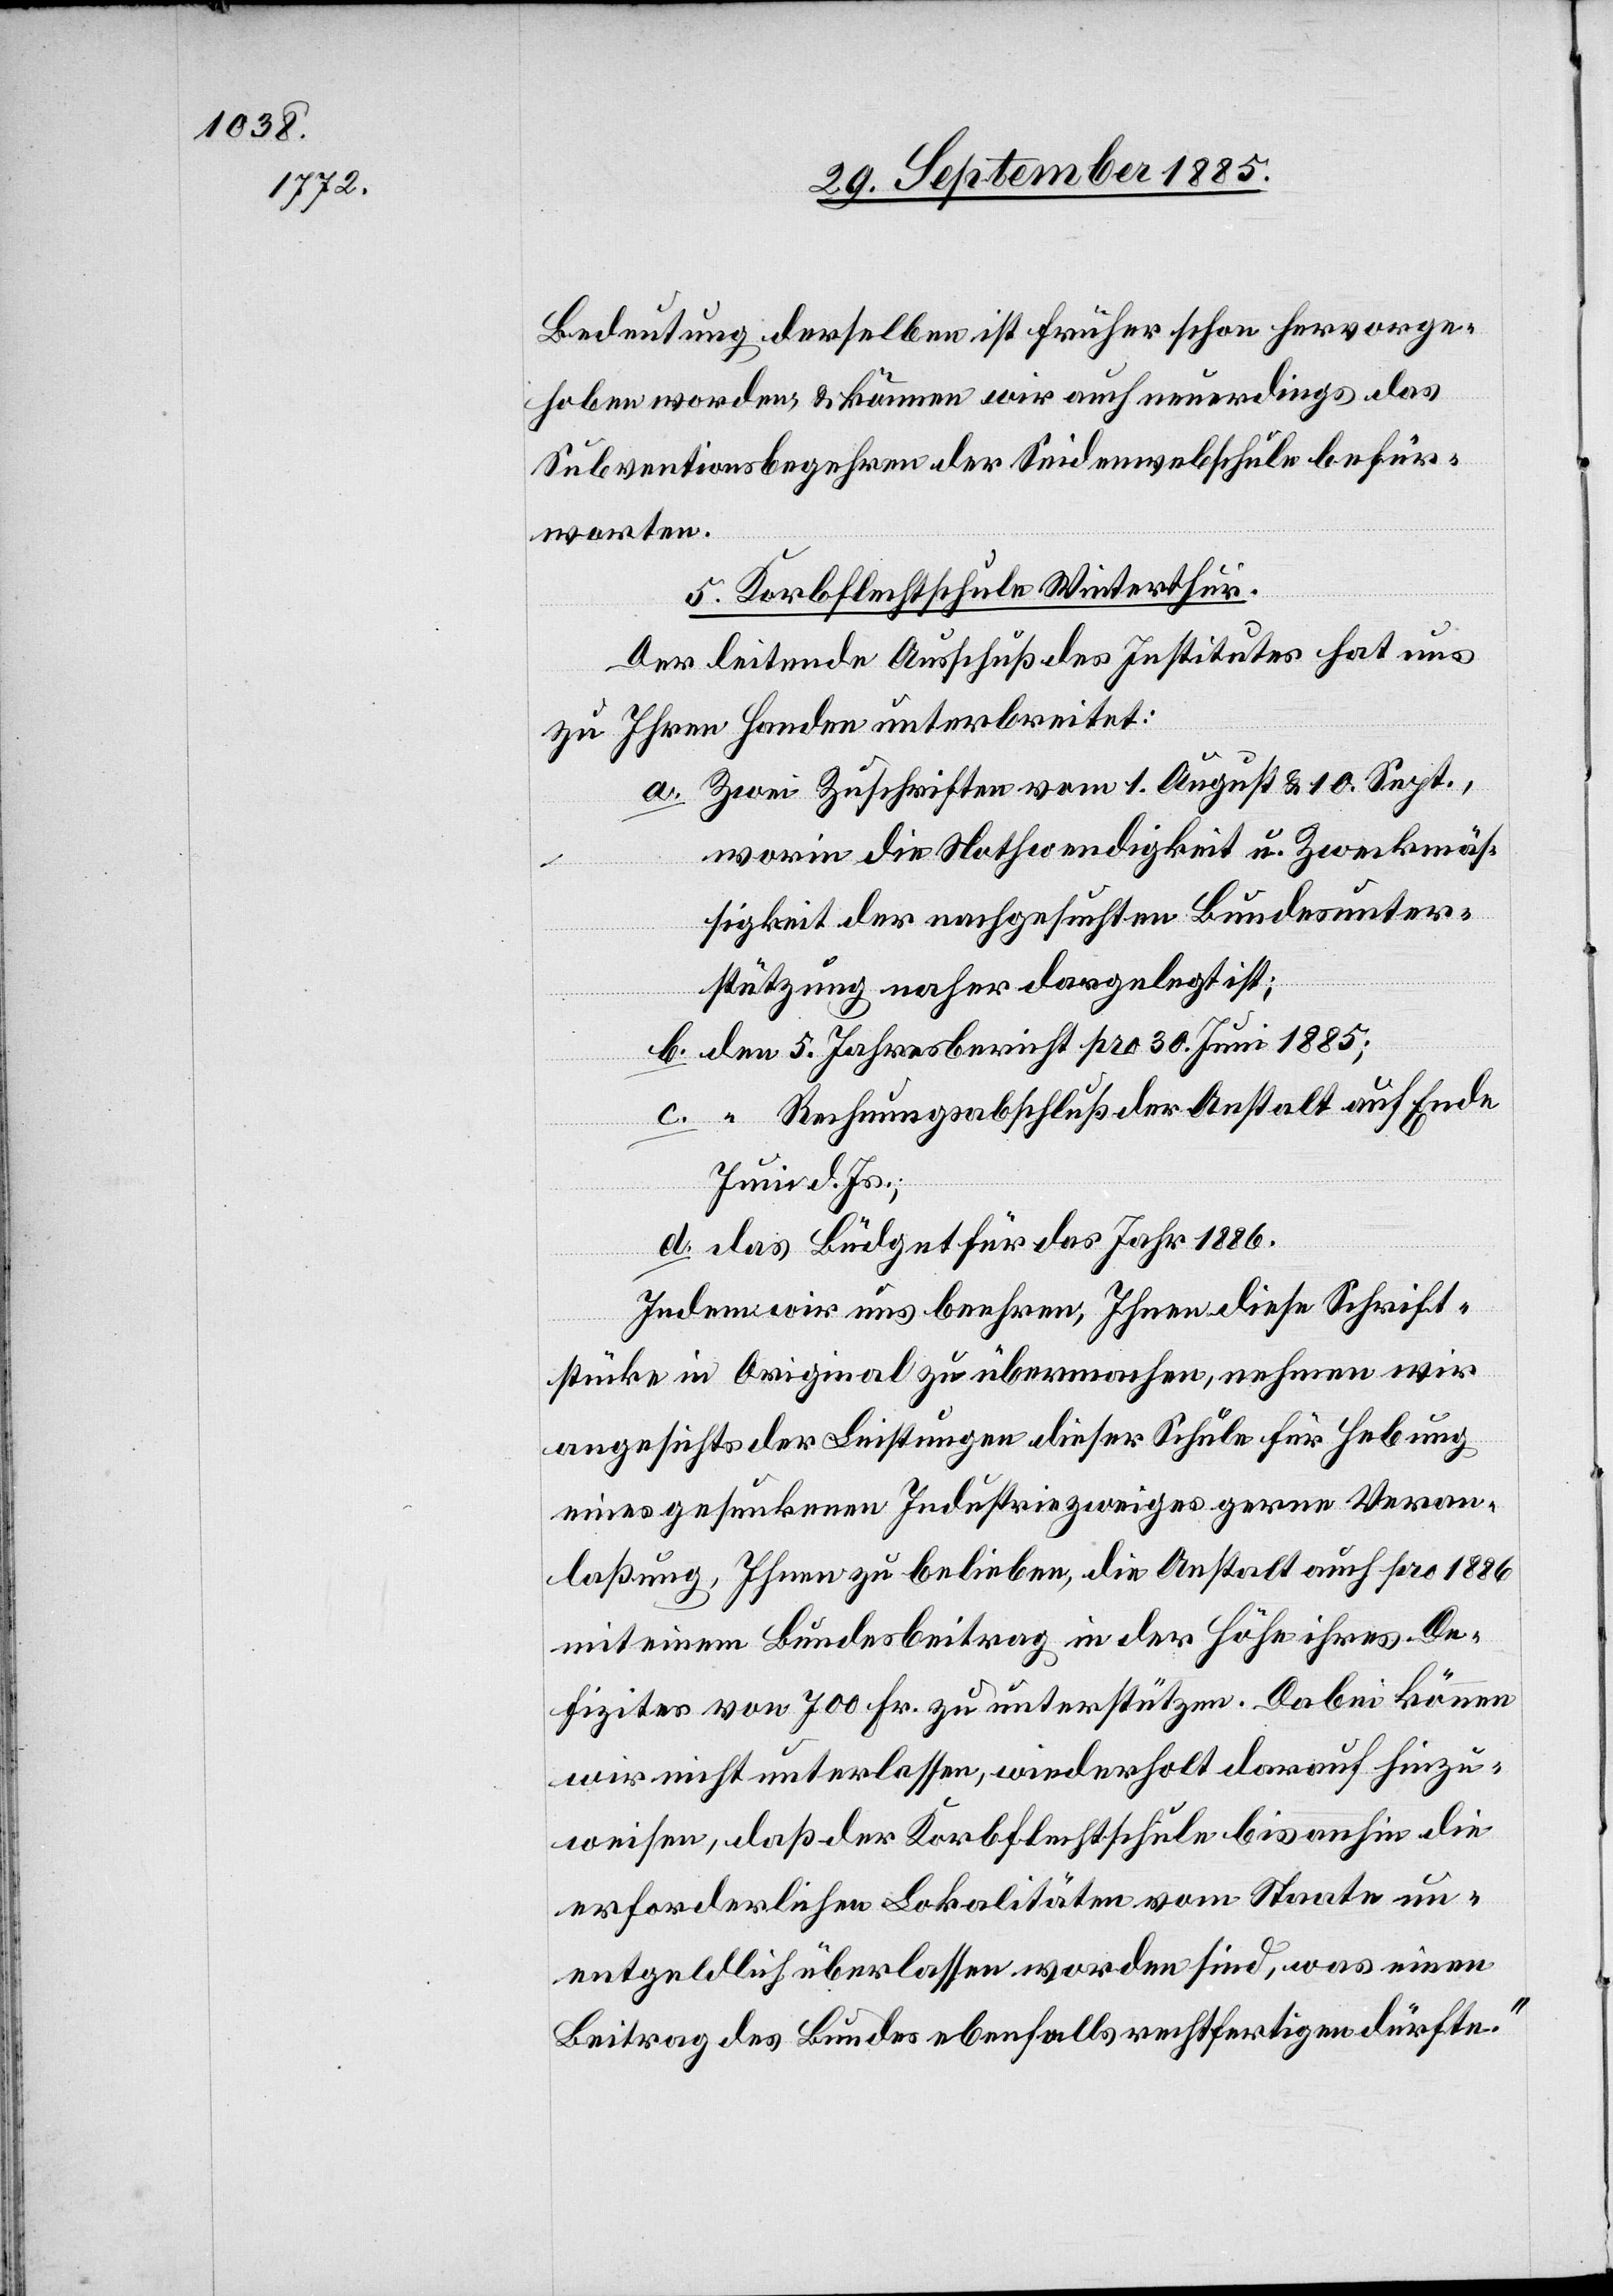
Bedeutung derselben ist früher schon hervorge¬
hoben worden & können wir auch neuerdings das
Subventionsbegehren der Seidenwebschule befür¬
worten.
5. Korbflechtschule Winterthur.
Der leitende Ausschuß des Institutes hat uns
zu Ihren Handen unterbreitet:
a. Zwei Zuschriften vom 1. August & 10. Sept.,
worin die Nothwendigkeit u. Zweckmäs¬
sigkeit der nachgesuchten Bundesunter¬
stützung naher [sic!] dargelegt ist;
5. Jahresbericht pro 30. Juni 1885;
Rechnungsabschluß der Anstalt auf Ende
Juni d. Js.;
das Büdget für das Jahr 1886.
Indem wir uns beehren, Ihnen diese Schrift¬
stücke in Original zu übermachen, nehmen wir
angesichts der Leistungen dieser Schule für Hebung
eines gesunkenen Industriezweiges gerne Veran¬
laßung, Ihnen zu belieben, die Anstalt auch pro 1886
mit einem Bundesbeitrag in der Höhe ihres De¬
fizites von 700 Fr. zu unterstützen. Dabei können
wir nicht unterlassen, wiederholt darauf hinzu¬
weisen, daß der Korbflechtschule bis anhin die
erforderlichen Lokalitäten vom Staate un¬
entgeldlich überlassen worden sind, was einen
Beitrag des Bundes ebenfalls rechtfertigten dürfte.